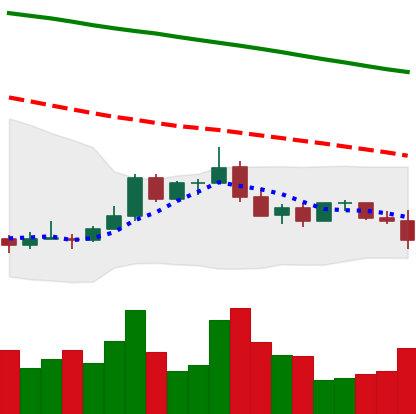
Ticker: ADA-USD
Chart end date: 2022-01-05
Forward return: -8.734%
Label: down_7plus